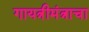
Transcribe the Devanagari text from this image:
गायत्रीमंत्राचा